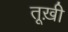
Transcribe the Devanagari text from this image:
तूख़ी